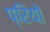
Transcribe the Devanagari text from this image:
प्रियो